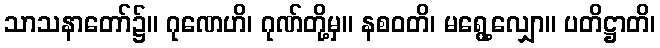
သာသနာတော်၌။ ဂုဏေဟိ၊ ဂုဏ်တို့မှ။ နစဝတိ၊ မရွေ့လျှော။ ပတိဋ္ဌာတိ၊